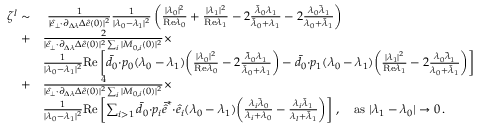
\begin{array} { r l } { \zeta ^ { l } \sim } & { ~ \frac { 1 } { \vert \hat { e } _ { \perp } { \cdot } \partial _ { \Delta \lambda } \Delta \hat { e } ( 0 ) \vert ^ { 2 } } \frac { 1 } { \vert \lambda _ { 0 } - \lambda _ { 1 } \vert ^ { 2 } } \left( \frac { \vert \lambda _ { 0 } \vert ^ { 2 } } { \mathrm { R e } \lambda _ { 0 } } + \frac { \vert \lambda _ { 1 } \vert ^ { 2 } } { \mathrm { R e } \lambda _ { 1 } } - 2 \frac { \bar { \lambda } _ { 0 } \lambda _ { 1 } } { \bar { \lambda } _ { 0 } + \lambda _ { 1 } } - 2 \frac { \lambda _ { 0 } \bar { \lambda } _ { 1 } } { \lambda _ { 0 } + \bar { \lambda } _ { 1 } } \right) } \\ { + } & { \frac { 2 } { \vert \hat { e } _ { \perp } { \cdot } \partial _ { \Delta \lambda } \Delta \hat { e } ( 0 ) \vert ^ { 2 } \sum _ { i } \vert M _ { 0 , i } ( 0 ) \vert ^ { 2 } } \times } \\ & { \frac { 1 } { \vert \lambda _ { 0 } - \lambda _ { 1 } \vert ^ { 2 } } \mathrm { R e } \left[ \bar { d } _ { 0 } { \cdot } p _ { 0 } ( \lambda _ { 0 } - \lambda _ { 1 } ) \bigg ( \frac { \vert \lambda _ { 0 } \vert ^ { 2 } } { \mathrm { R e } \lambda _ { 0 } } - 2 \frac { \bar { \lambda } _ { 0 } \lambda _ { 1 } } { \bar { \lambda } _ { 0 } + \lambda _ { 1 } } \bigg ) - \bar { d } _ { 0 } { \cdot } p _ { 1 } ( \lambda _ { 0 } - \lambda _ { 1 } ) \bigg ( \frac { \vert \lambda _ { 1 } \vert ^ { 2 } } { \mathrm { R e } \lambda _ { 1 } } - 2 \frac { \lambda _ { 0 } \bar { \lambda } _ { 1 } } { \lambda _ { 0 } + \bar { \lambda } _ { 1 } } \bigg ) \right] } \\ { + } & { \frac { 4 } { \vert \hat { e } _ { \perp } { \cdot } \partial _ { \Delta \lambda } \Delta \hat { e } ( 0 ) \vert ^ { 2 } \sum _ { i } \vert M _ { 0 , i } ( 0 ) \vert ^ { 2 } } \times } \\ & { \frac { 1 } { \vert \lambda _ { 0 } - \lambda _ { 1 } \vert ^ { 2 } } \mathrm { R e } \left[ \sum _ { i > 1 } \bar { d } _ { 0 } { \cdot } p _ { i } \bar { \hat { e } } ^ { * } { \cdot } \hat { e } _ { i } ( \lambda _ { 0 } - \lambda _ { 1 } ) \bigg ( \frac { \lambda _ { i } \bar { \lambda } _ { 0 } } { \lambda _ { i } + \lambda _ { 0 } } - \frac { \lambda _ { i } \bar { \lambda } _ { 1 } } { \lambda _ { l } + \bar { \lambda } _ { 1 } } \bigg ) \right] \, , ~ ~ ~ \mathrm { a s } ~ \vert \lambda _ { 1 } - \lambda _ { 0 } \vert \rightarrow 0 \, . } \end{array}